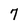
Character: 7